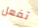
تفعل